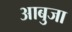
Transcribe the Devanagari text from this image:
आबुजा